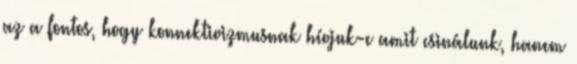
az a fontos, hogy konnektivizmusnak hívjuk-e amit csinálunk, hanem